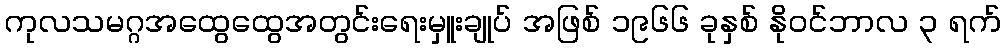
ကုလသမဂ္ဂအထွေထွေအတွင်းရေးမှူးချုပ် အဖြစ် ၁၉၆၆ ခုနှစ် နိုဝင်ဘာလ ၃ ရက်